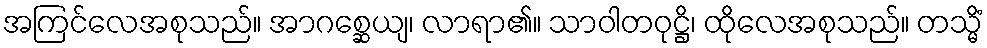
အကြင်လေအစုသည်။ အာဂစ္ဆေယျ၊ လာရာ၏။ သာဝါတဝုဋ္ဌိ၊ ထိုလေအစုသည်။ တသ္မိံ